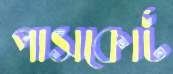
পাসকোর্ট